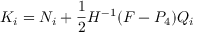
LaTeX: { \cal K } _ { i } = { N } _ { i } + \frac { 1 } { 2 } H ^ { - 1 } ( F - P _ { 4 } ) Q _ { i }